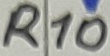
Text: R10